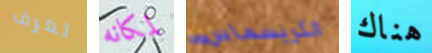
تعرف لمكانه الكريسماس هناك